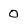
Character: 0